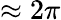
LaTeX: \approx 2\pi